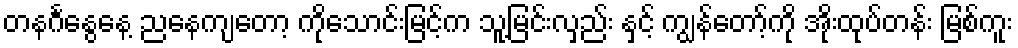
တနင်္ဂနွေနေ့ ညနေကျတော့ ကိုသောင်းမြင့်က သူ့မြင်းလှည်း နှင့် ကျွန်တော့်ကို အိုးထုပ်တန်း မြစ်ကူး